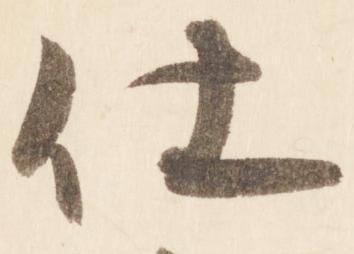
仕